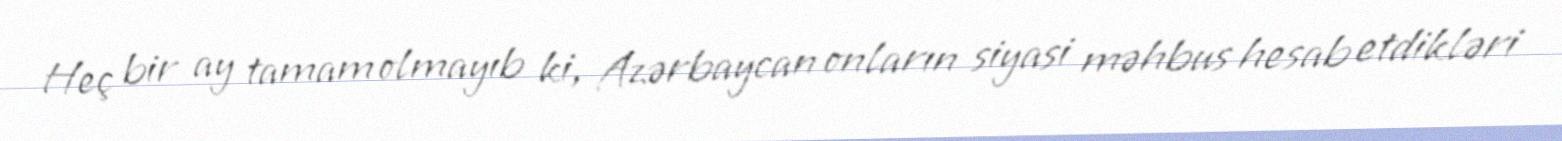
Heç bir ay tamam olmayıb ki, Azərbaycan onların siyasi məhbus hesab etdikləri